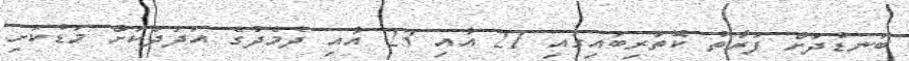
ބަނޑުދަށް ފަރާތު ކޮތަރިބައިގައި 21 އާއި 23 އާއި ދެމެދުގެ އަދަދަކަށް މަޑުކަށި